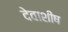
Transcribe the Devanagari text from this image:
देवाशीष